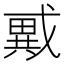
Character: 𢨇